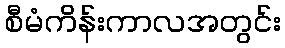
စီမံကိန်းကာလအတွင်း